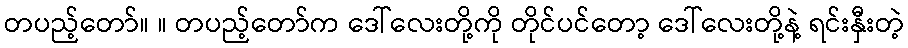
တပည့်တော်။ ။ တပည့်တော်က ဒေါ်လေးတို့ကို တိုင်ပင်တော့ ဒေါ်လေးတို့နဲ့ ရင်းနှီးတဲ့